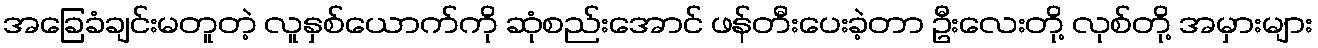
အခြေခံချင်းမတူတဲ့ လူနှစ်ယောက်ကို ဆုံစည်းအောင် ဖန်တီးပေးခဲ့တာ ဦးလေးတို့ လုစ်တို့ အမှားများ